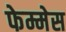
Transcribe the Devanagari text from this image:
फेम्मेस